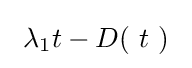
\ \lambda _{1}t-D(\ t\ )\